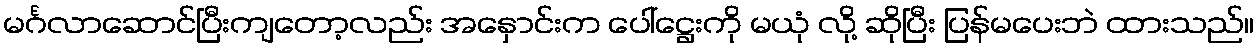
မင်္ဂလာဆောင်ပြီးကျတော့လည်း အနှောင်းက ပေါ်ဋ္ဌေးကို မယုံ လို့ ဆိုပြီး ပြန်မပေးဘဲ ထားသည်။